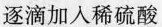
逐滴加入稀硫酸